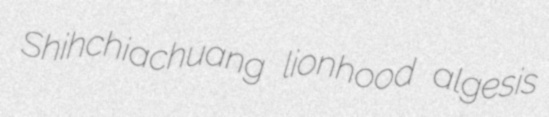
Shihchiachuang lionhood algesis